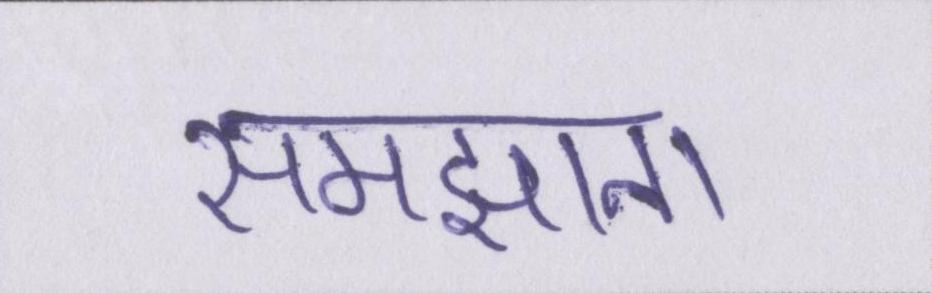
समझाना